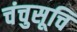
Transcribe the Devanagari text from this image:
चंचुसूचि